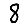
Digit: 8